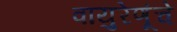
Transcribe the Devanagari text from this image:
वायुरेणूंचे